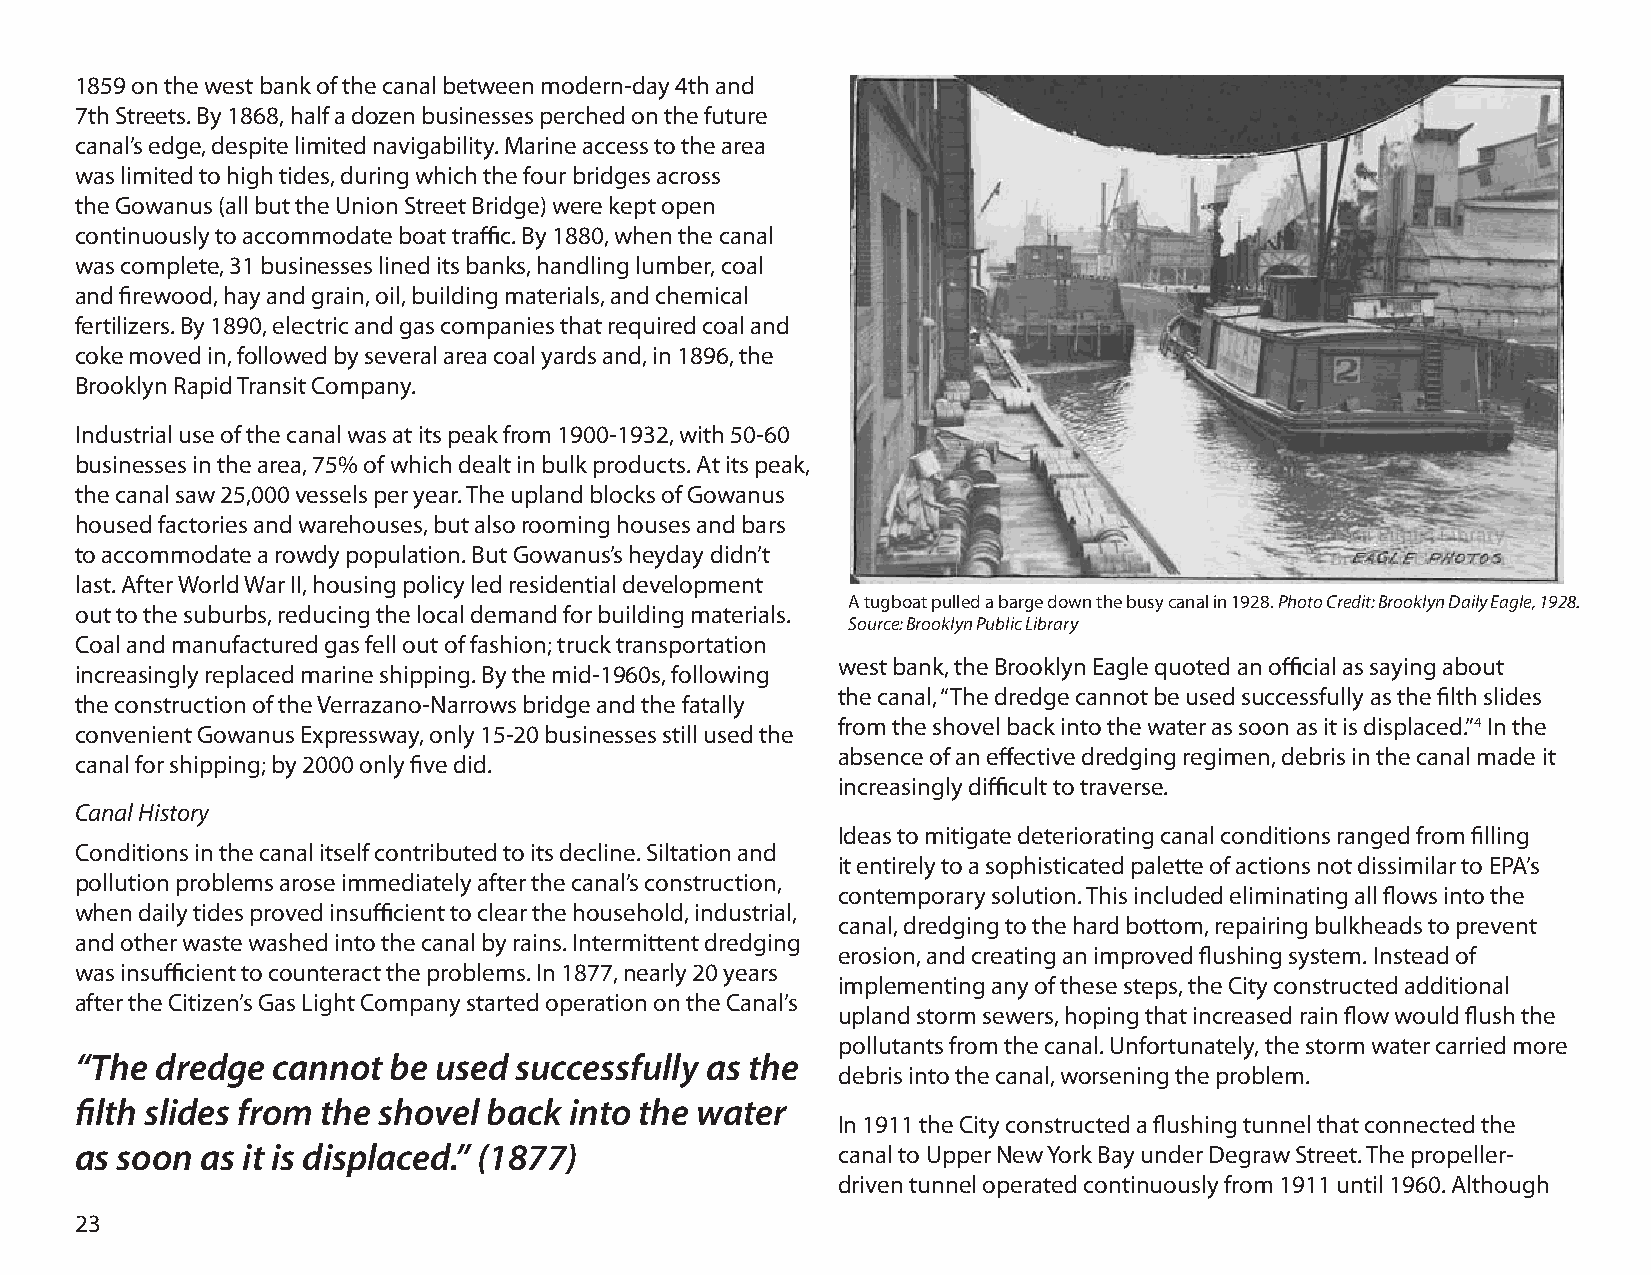
1859 on the west bank of the canal between modern-day 4th and
 7th Streets. By 1868, half a dozen businesses perched on the future
 canal’s edge, despite limited navigability. Marine access to the area
 was limited to high tides, during which the four bridges across
 the Gowanus (all but the Union Street Bridge) were kept open
 continuously to accommodate boat traffic. By 1880, when the canal
 was complete, 31 businesses lined its banks, handling lumber, coal
 and firewood, hay and grain, oil, building materials, and chemical
 fertilizers. By 1890, electric and gas companies that required coal and
 coke moved in, followed by several area coal yards and, in 1896, the
 Brooklyn Rapid Transit Company.
 Industrial use of the canal was at its peak from 1900-1932, with 50-60
 businesses in the area, 75% of which dealt in bulk products. At its peak,
 the canal saw 25,000 vessels per year. The upland blocks of Gowanus
 housed factories and warehouses, but also rooming houses and bars
 to accommodate a rowdy population. But Gowanus’s heyday didn’t
 last. After World War II, housing policy led residential development
 A tugboat pulled a barge down the busy canal in 1928. Photo Credit: Brooklyn Daily Eagle, 1928.
 out to the suburbs, reducing the local demand for building materials.
 Source: Brooklyn Public Library
 Coal and manufactured gas fell out of fashion; truck transportation
 west bank, the Brooklyn Eagle quoted an official as saying about
 increasingly replaced marine shipping. By the mid-1960s, following
 the canal, “The dredge cannot be used successfully as the filth slides
 the construction of the Verrazano-Narrows bridge and the fatally
 from the shovel back into the water as soon as it is displaced.”4 In the
 convenient Gowanus Expressway, only 15-20 businesses still used the
 absence of an effective dredging regimen, debris in the canal made it
 canal for shipping; by 2000 only five did.
 increasingly difficult to traverse.
 Canal History
 Ideas to mitigate deteriorating canal conditions ranged from filling
 Conditions in the canal itself contributed to its decline. Siltation and
 it entirely to a sophisticated palette of actions not dissimilar to EPA’s
 pollution problems arose immediately after the canal’s construction,
 contemporary solution. This included eliminating all flows into the
 when daily tides proved insufficient to clear the household, industrial,
 canal, dredging to the hard bottom, repairing bulkheads to prevent
 and other waste washed into the canal by rains. Intermittent dredging
 erosion, and creating an improved flushing system. Instead of
 was insufficient to counteract the problems. In 1877, nearly 20 years
 implementing any of these steps, the City constructed additional
 after the Citizen’s Gas Light Company started operation on the Canal’s
 upland storm sewers, hoping that increased rain flow would flush the
 pollutants from the canal. Unfortunately, the storm water carried more
 “The dredge  cannot  be used successfully as the
 debris into the canal, worsening the problem.
 filth slides from the shovel back into the water
 In 1911 the City constructed a flushing tunnel that connected the
 as soon as it is displaced.” (1877)               canal to Upper New York Bay under Degraw Street. The propeller-
 driven tunnel operated continuously from 1911 until 1960. Although
 23